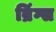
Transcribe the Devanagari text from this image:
ब्रिंग्स